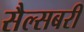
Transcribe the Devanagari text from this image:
सैल्सबरी